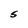
Character: S